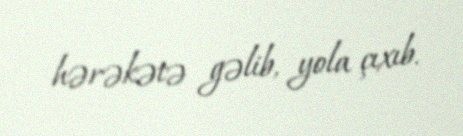
hərəkətə gəlib, yola çıxıb.